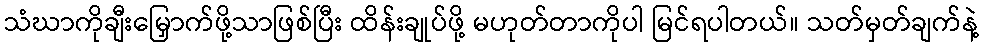
သံဃာကိုချီးမြှောက်ဖို့သာဖြစ်ပြီး ထိန်းချုပ်ဖို့ မဟုတ်တာကိုပါ မြင်ရပါတယ်။ သတ်မှတ်ချက်နဲ့